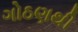
ગોઠણથી